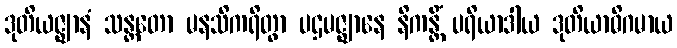
ဒုတိယဇ္ဈာနံ သန္တတော မနသိကရိတွာ ပဌမဇ္ဈာနေ နိကန္တိံ ပရိယာဒါယ ဒုတိယာဓိဂမာယ